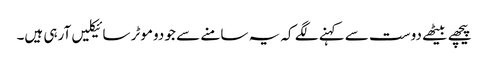
پیچھے بیٹھے دوست سے کہنے لگے کہ یہ سامنے سے جو دوموٹر سائیکلیں آرہی ہیں۔